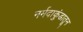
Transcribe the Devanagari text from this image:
नर्मदाकुंडातून